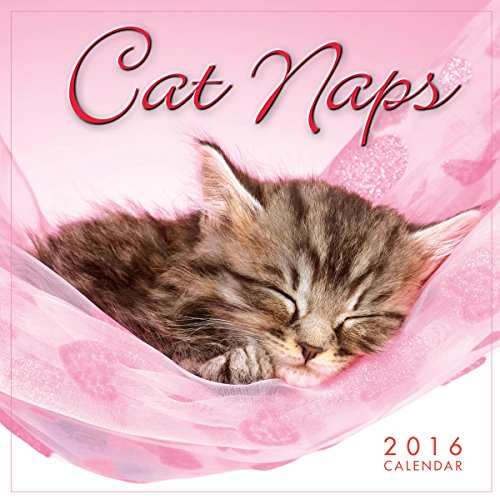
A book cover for Cat Naps 2016 Mini Calendar; Sellers Publishing; Calendars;